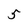
Character: 5